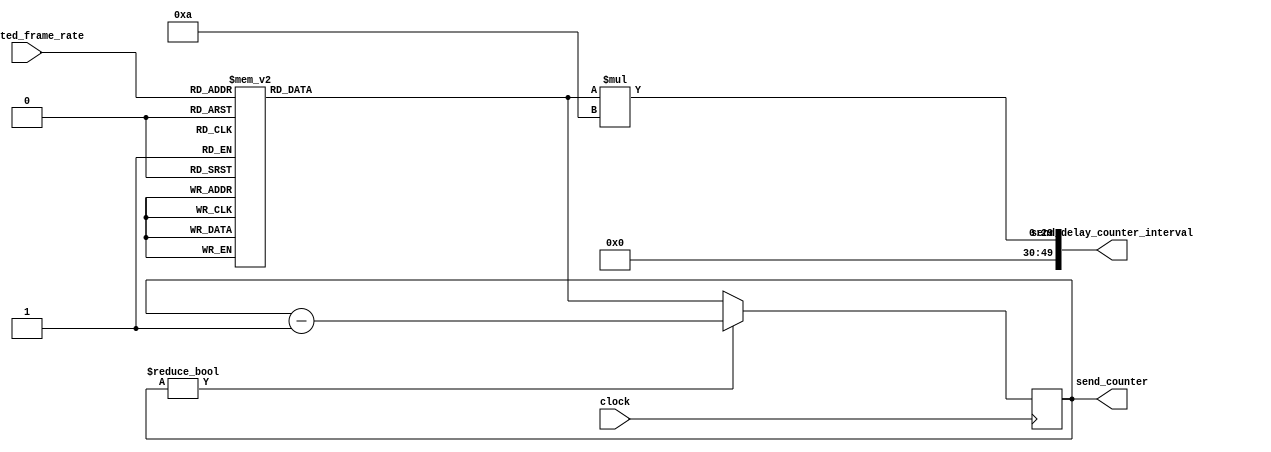
module FPS_counter(
// Input
clock,
selected_frame_rate,
// Output
send_counter,
send_delay_counter_interval);

    input clock;
	 input [3:0] selected_frame_rate;
	 
	 output reg [25:0] send_counter;
	 output reg [49:0] send_delay_counter_interval;
	 
	 reg [25:0] max_counter;
	 
	 always @ (*)
	 begin
		 send_delay_counter_interval <= max_counter * 8'd10;
	 end
	 
	 always @ (*)
	 begin
	    // FPS table: 1 Hz = 1 FPS
		 case (selected_frame_rate)
		 4'b0000: max_counter = 26'd50000000; // 50,000,000 / 1 [FPS]
		 4'b0001: max_counter = 26'd10000000; // 50,000,000 / 5 [FPS]
		 4'b0010: max_counter = 26'd5000000;  // 50,000,000 / 10 [FPS]
		 4'b0011: max_counter = 26'd3333333;  // 50,000,000 / 15 [FPS]
		 4'b0100: max_counter = 26'd2500000;  // 50,000,000 / 20 [FPS]
		 4'b0101: max_counter = 26'd2000000;  // 50,000,000 / 25 [FPS]
		 4'b0110: max_counter = 26'd1666667;  // 50,000,000 / 30 [FPS]
		 4'b0111: max_counter = 26'd1428571;  // 50,000,000 / 35 [FPS]
		 4'b1000: max_counter = 26'd1250000;  // 50,000,000 / 40 [FPS]
		 4'b1001: max_counter = 26'd1111111;  // 50,000,000 / 45 [FPS]
		 4'b1010: max_counter = 26'd1000000;  // 50,000,000 / 50 [FPS]
		 4'b1011: max_counter = 26'd909091;   // 50,000,000 / 55 [FPS]
		 4'b1100: max_counter = 26'd833333;   // 50,000,000 / 60 [FPS]
		 default: max_counter = 26'd5000000;  // 50,000,000 / 10 [FPS]
		 endcase
	 end
	 
    always @ (posedge clock)
    begin
         if (send_counter != 1'd0)
			    send_counter <= send_counter - 1'd1;
         else
      	    send_counter <= max_counter;
    end
endmodule